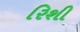
રિશી